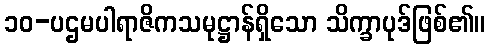
၁၀-ပဌမပါရာဇိကသမုဋ္ဌာန်ရှိသော သိက္ခာပုဒ်ဖြစ်၏။